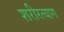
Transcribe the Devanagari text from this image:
शरीरत्याग